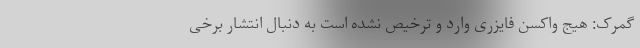
گمرک: هیج واکسن فایزری وارد و ترخیص نشده است به دنبال انتشار برخی